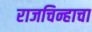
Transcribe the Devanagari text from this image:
राजचिन्हाचा